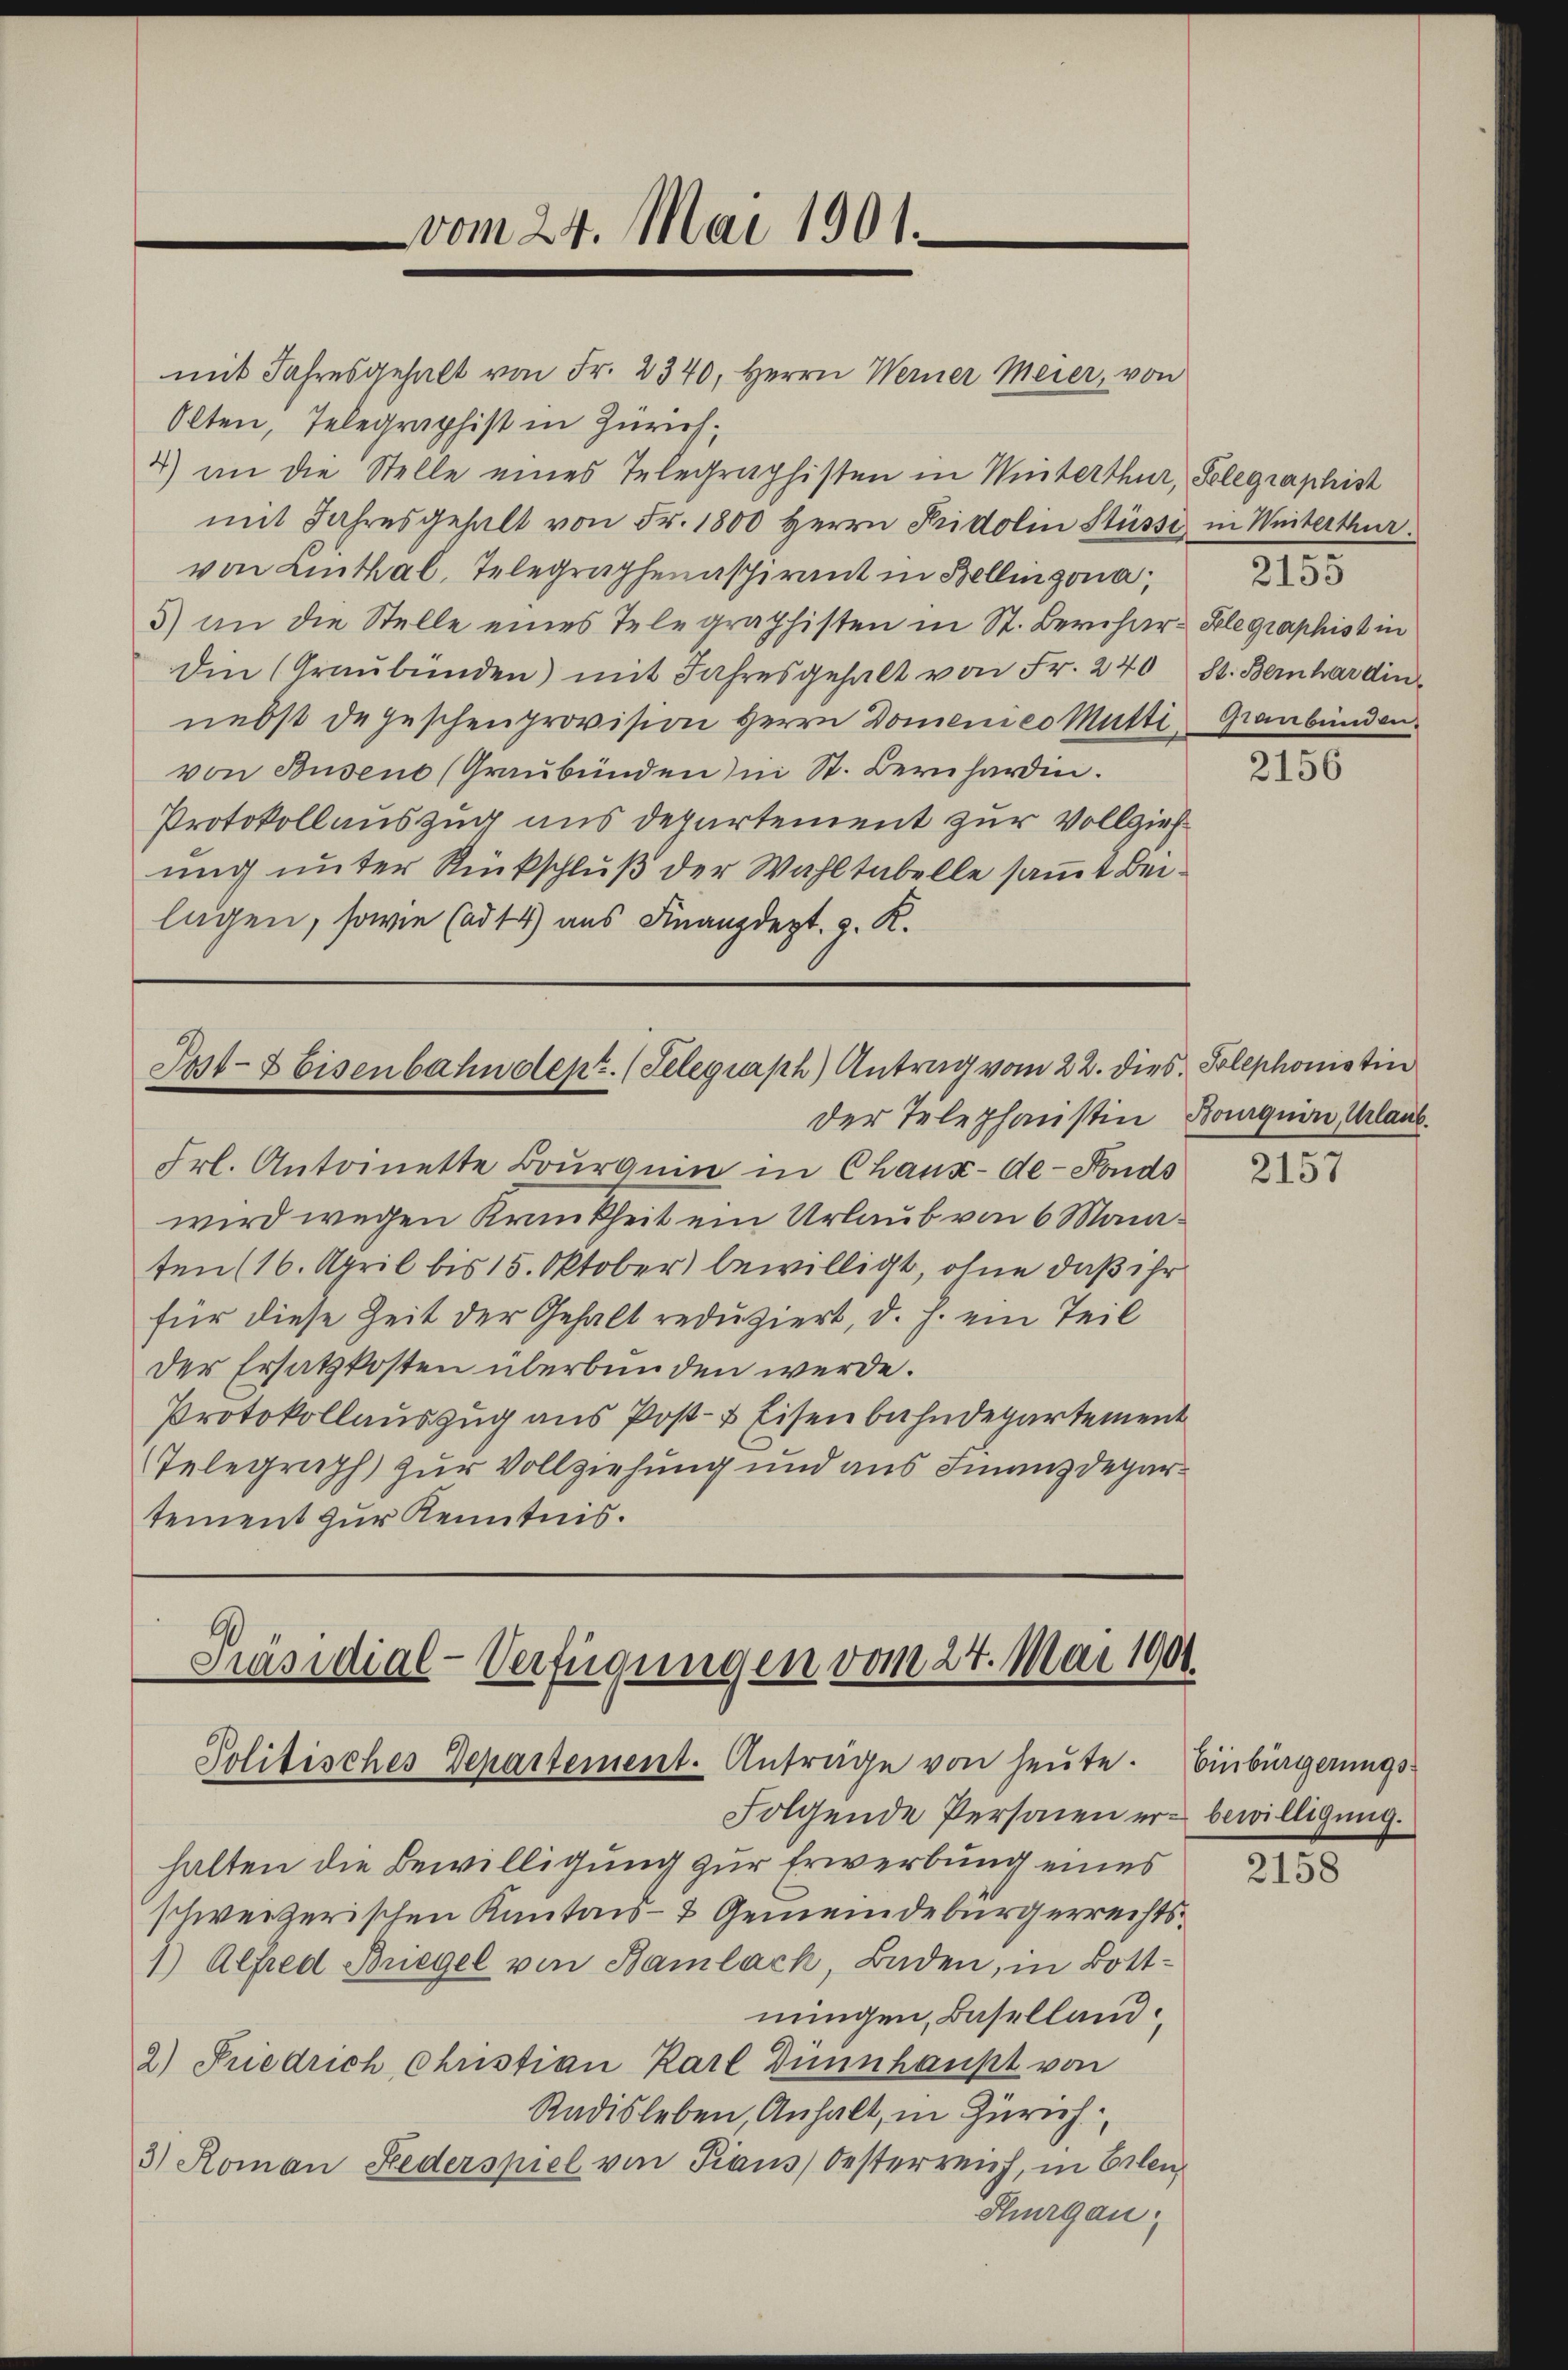
Olten, Telegraphist in Zürich,
2) in die Stelle eines Telegraphisten in Winterthur, Gelegraphist
mit Jahresgehalt von Fr. 1800 herrn Fridolin Stüsse in Weiterthur.
von Linthal, Telegraphenaspirant in Bellinzona,
3) an die Stelle eines Telegraphisten in St. Bercher-Klegraphist in
Din (Graubünden) mit Jahresgehalt von Fr. 240 St. Bernhardin
nebst de geschenprovision Herrn Domenico Mütti, Graubünden.
von Busen (Graubünden in St. Bernhardin.
Protokollauszug aus Departement zur Vollzieh
ung unter Rückschluß der Wahltabelle samt Beilugen, sowie (ad 44) aus Finanzdept. g. K.

Frl. Antoinette Bourg ein in Chaux-de-Fonds
wird wegen Krankheit ein Urlaub von 6 Monaten (16. April bis 15. Oktober) bewilligt, ohne daß ihr
für diese Zeit der Gehalt reduziert, d. h. ein Teil
Der Ersatzkosten überbunden werde.
Protokollauszug aus Post- & Eisenbahndepartement
Telegraph zur Vollziehung und aus Finanzdepartement zur Kenntnis.

Folgende Personen er bewilligung.
halten die Bewilligung zur Erwerbung eines
schweizerischen Kantons- & Gemeindebürgerrechts¬
1) Alfred Briegel von Bambach, Baden, in Bottnungen, Baselland
2) Friedrich Christian Karl Dünnhaupt von
Radisleben, Anhalt, in Zürich
3) Roman Federspiel von Kraus Oesterreich, in Erlen,
Thurgau:

vom 24. Mai 1901.

mit Jahresgehalt von Fr. 2340, Herrn Werner Meier, von

Jast- & Eisenbahndept. (Telegraph Antrag vom 22. dies Telephonistin
der Telephanstin Bourquin, Urlaub.

Präsidial-Verfügungen vom 27. Mai 1901
Politisches Departement. Anträge von heute. Einbürgerungs¬

2155

2156

2157

2158